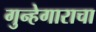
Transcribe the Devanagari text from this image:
गुन्हेगाराचा